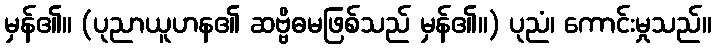
မှန်၏။ (ပုညာယူဟန၏ ဆဗ္ဗိဓမဖြစ်သည် မှန်၏။) ပုညံ၊ ကောင်းမှုသည်။